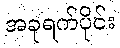
အခုရက်ပိုင်း